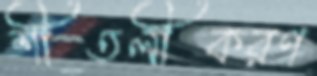
শীতলীকরণ